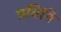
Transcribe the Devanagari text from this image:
प्रविनि